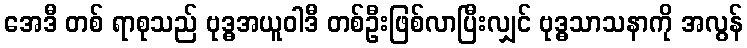
အေဒီ တစ် ရာစုသည် ဗုဒ္ဓအယူဝါဒီ တစ်ဦးဖြစ်လာပြီးလျှင် ဗုဒ္ဓသာသနာကို အလွန်